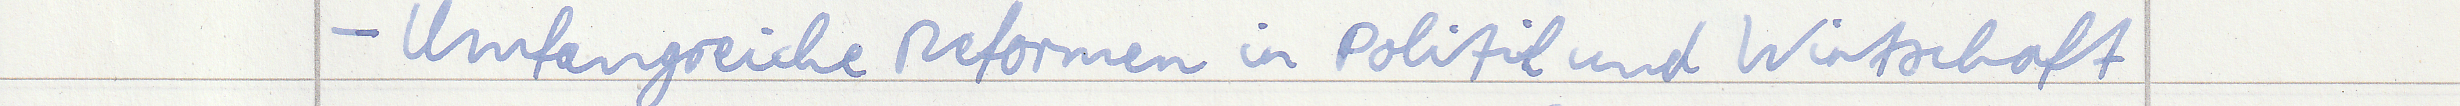
- Umfangreiche Reformen in Politik und Wirtschaft